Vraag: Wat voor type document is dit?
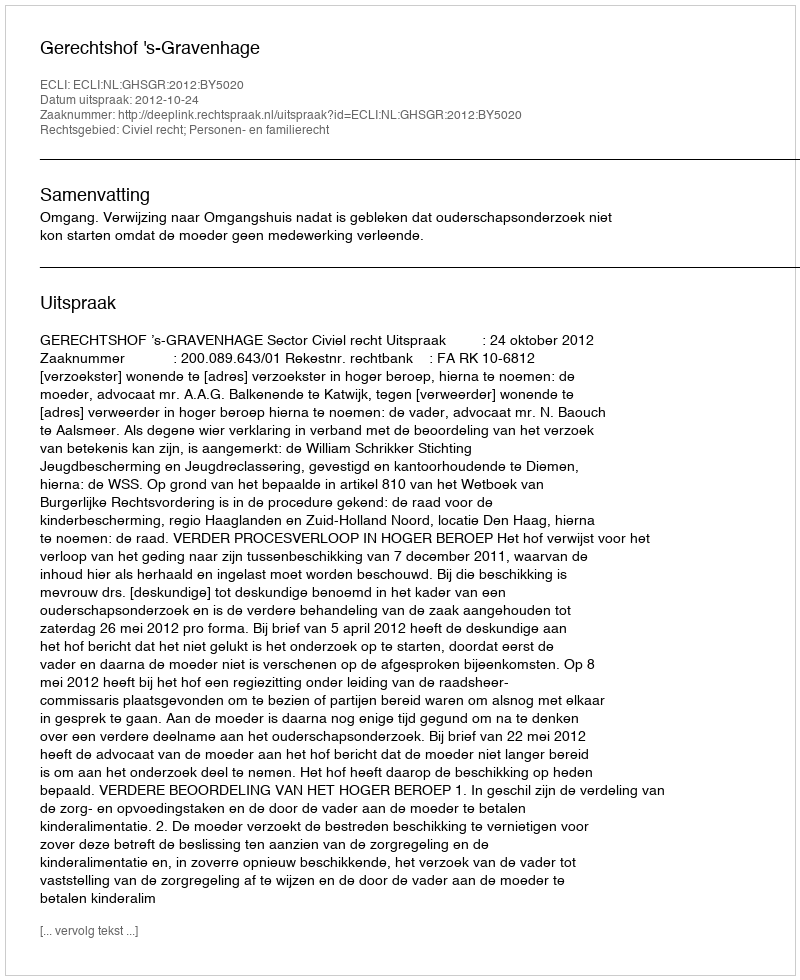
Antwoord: Uitspraak